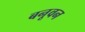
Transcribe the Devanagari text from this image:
बनूवन